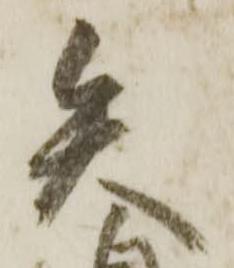
矢